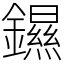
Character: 䥪